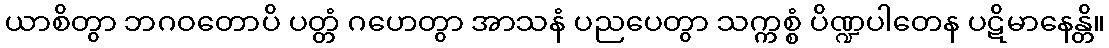
ယာစိတွာ ဘဂဝတောပိ ပတ္တံ ဂဟေတွာ အာသနံ ပညပေတွာ သက္ကစ္စံ ပိဏ္ဍပါတေန ပဋိမာနေန္တိ။